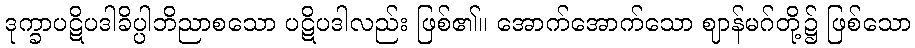
ဒုက္ခာပဋိပဒါခိပ္ပါဘိညာစသော ပဋိပဒါလည်း ဖြစ်၏။ အောက်အောက်သော ဈာန်မဂ်တို့၌ ဖြစ်သော